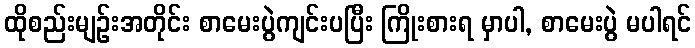
ထိုစည်းမျဉ်းအတိုင်း စာမေးပွဲကျင်းပပြီး ကြိုးစားရ မှာပါ, စာမေးပွဲ မပါရင်